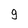
Character: 9